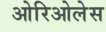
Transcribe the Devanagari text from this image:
ओरिओलेस